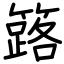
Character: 簬